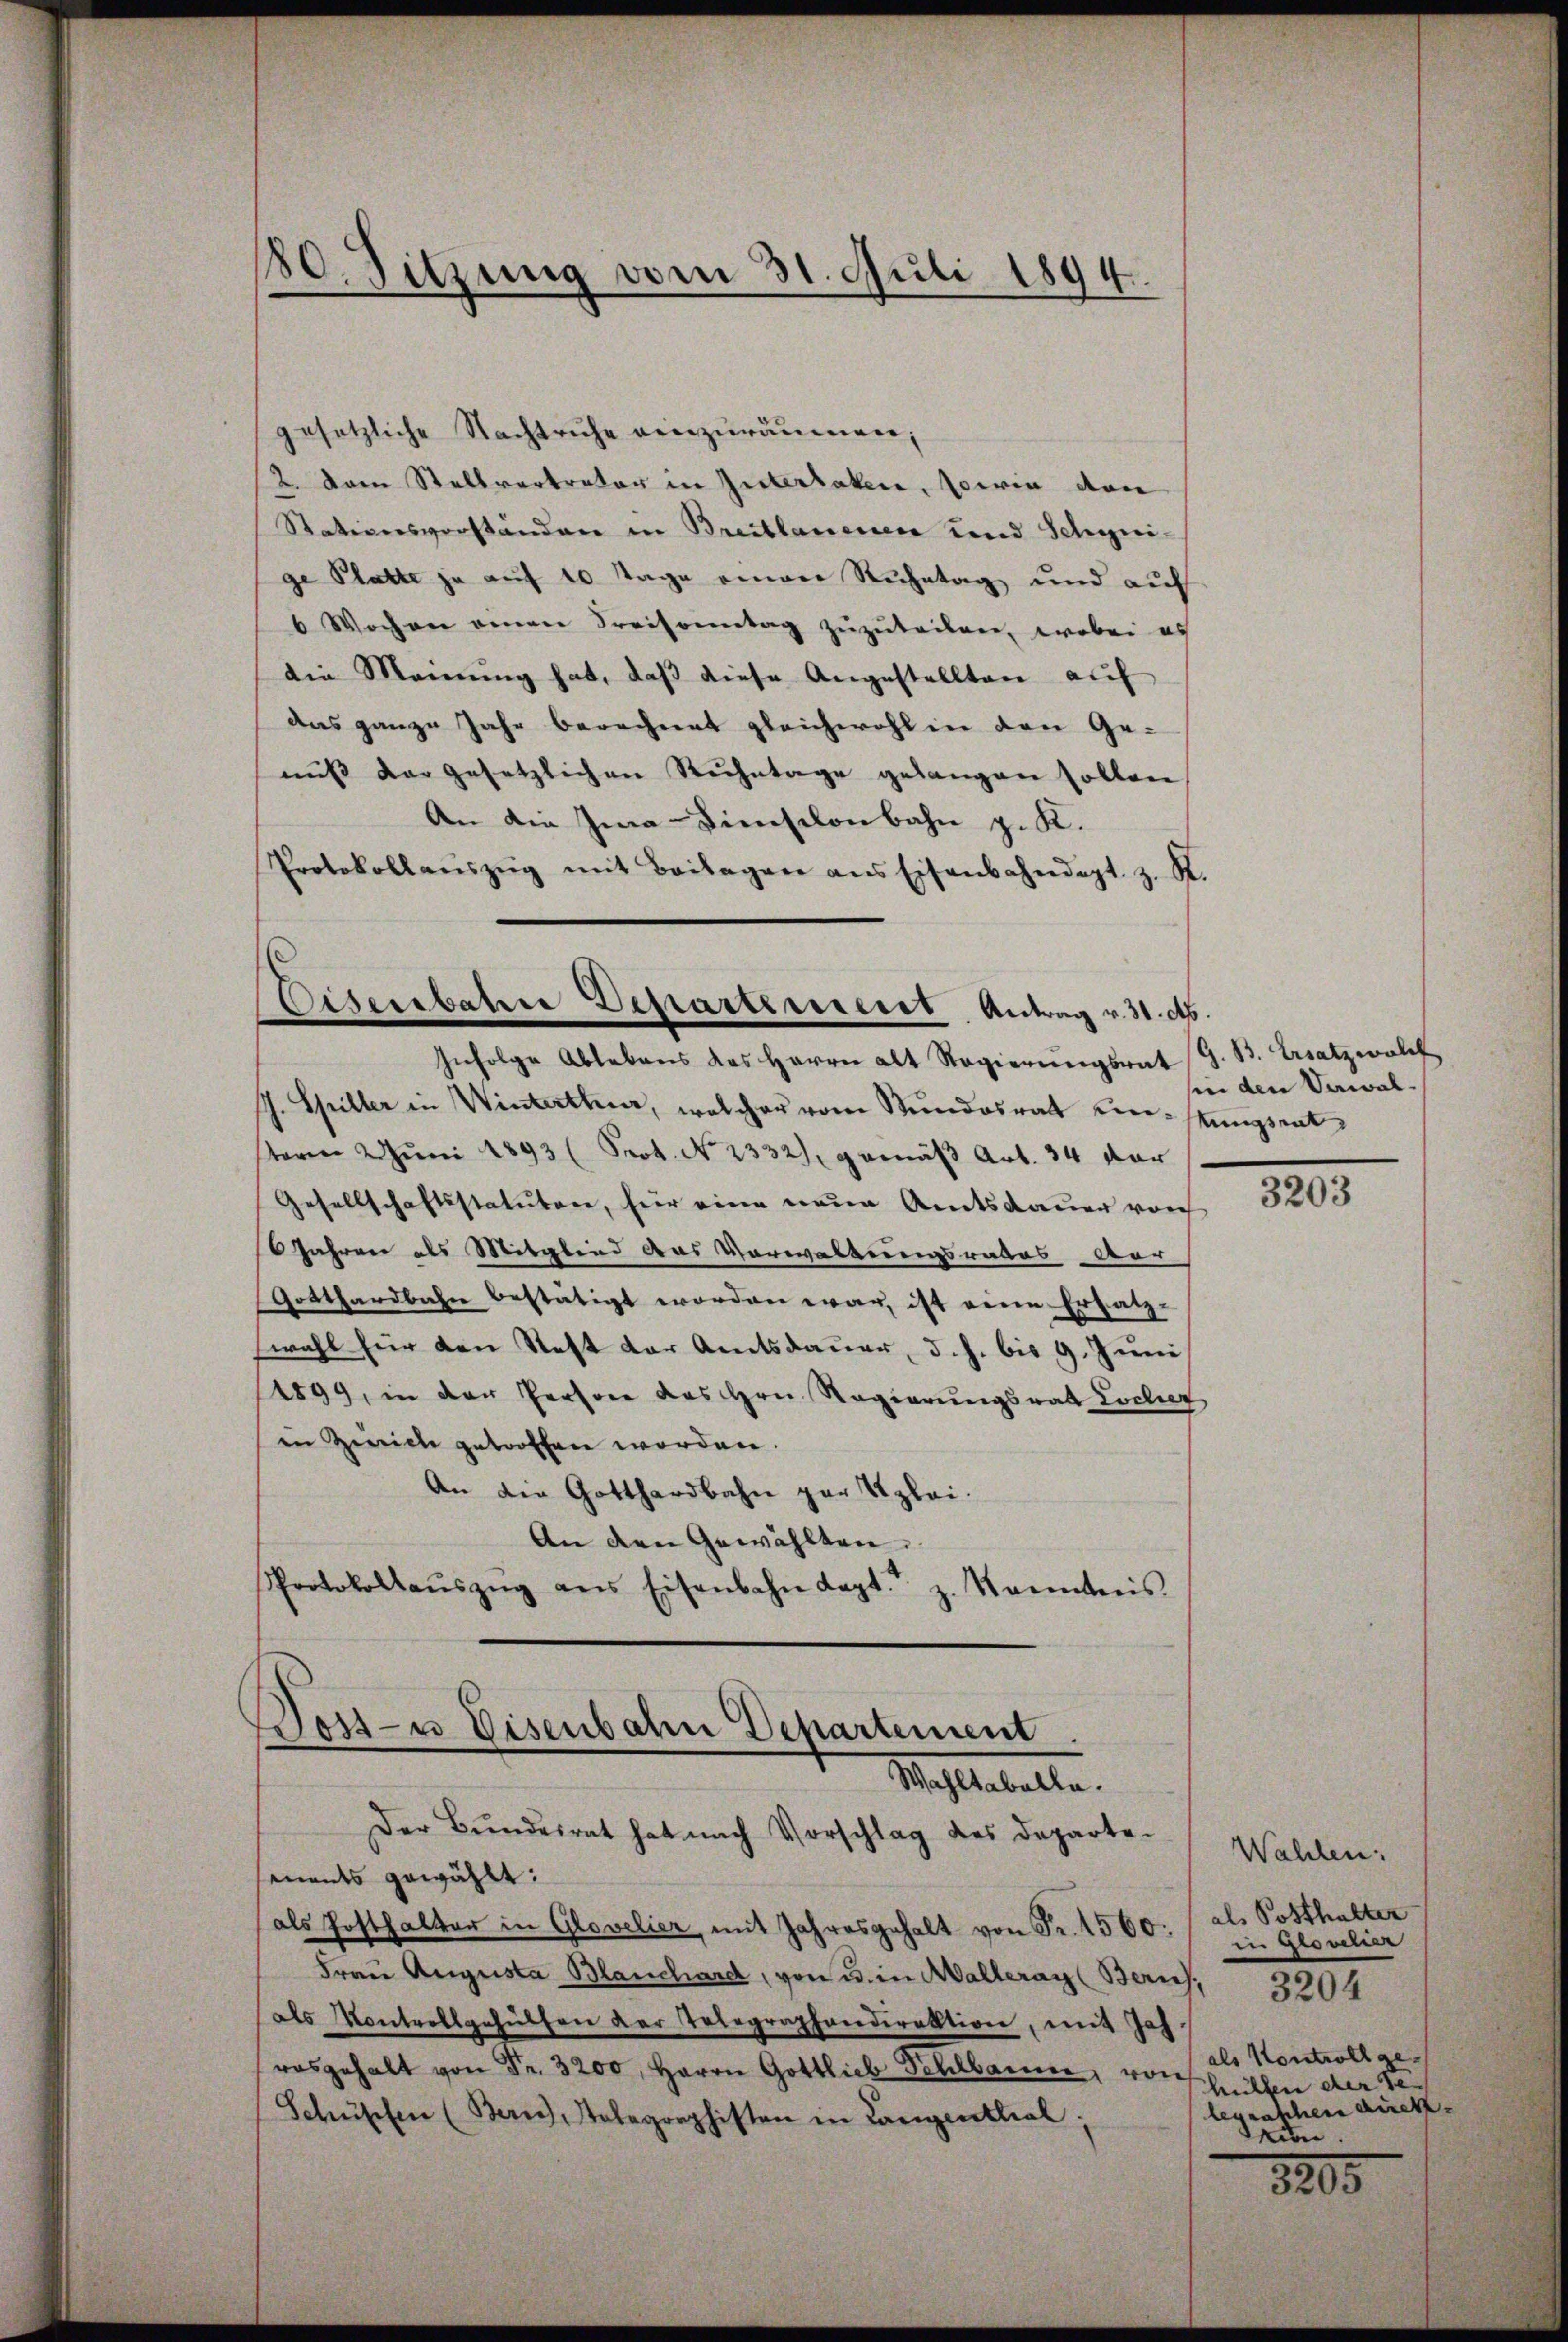
180. Sitzung vom 31. Juli 1894.

gesetzliche Nachtruhe einzuräumen;
2. Dann Stellvertreter in Interlaken, sowie von
Stationsvorständen in Breitlanenen und Schweige Platte ja auf 10 Tage einen Ruhetag und auf
6 Wochen einen Kreisonntag zuzuteilen, wobei es
die Manŭng hat, daβ diese Angestellten aŭf
das ganze Jahr berechnet gleichwohl in den Ge-
nuß der gesetzlichen Ruhetage gelangen sollen
An die Ima-Dinstlonbahn z. K.
Protokollaŭszŭg mit Beilagen ans Eisenbahndept. z. R.

Eisenbahre Departement Antrag v. 31. et.
Infolge Ablebens des Herrn alt Regierŭngsrat G. B. Ersatzwolf

J. Spiller in Winterthur, welcher vom Stundesrath einstungsrat
sterm 2. Juni 1893 (Prot. No. 2332), gemäß Art. 34 dar
Gesellschaftsstatuten, für eine neue Amtsdauer von
Jahren als Mitglied das Verwaltungsrates der
Gotthardbahn bestätigt worden war, ist eine Ersatz-
wahl für den Steft der Amtsdauer, d. h. bis 9. Juni
1899, in der Persone des Hrn. Regierungsrat Locher
in Zürich getroffen worden.
An die Gotthardbahn par Uzlei.
An den Gewählten.
Protokollaŭszŭg ans Eisenbahn Kapt. z. Kanntnis

Joss- u Disenbahn Departement.
Wahlbehalte.
Der Bŭndesrat hat nach Vorschlag des Departe¬

ments gewählt:
als Posthalter in Glovelier, mit Jahresgehalt von Fr. 1560.
Frau Augusta Blanchard, von u. in Malleray (Bern, 3204
als Kontrollgehülfen der Telegraphendirektion, mit Joh.
asgehalt von Fr. 3200. Herrn Gottlieb Schlbaume, von
Schüssen (Bern, Telegraphisten in Langentliel;

in den Verwal¬

3203

Wahlen:
als Posthalter
in grosclien
als Kontroll gehülfen der Gelegraschen direkdrun

3205